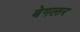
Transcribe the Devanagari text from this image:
बेगलर